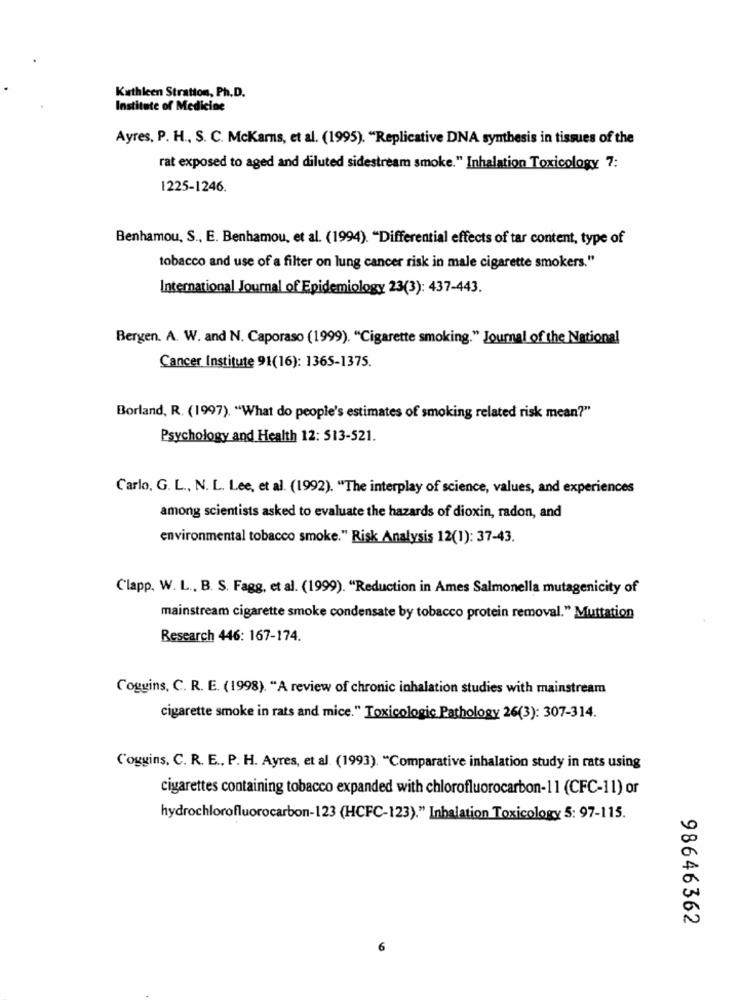
Kathleen Stratton, Ph.D.
Institute of Medicine
Ayres, P. H ., S. C. McKarns, et al. (1995). "Replicative DNA synthesis in tissues of the
rat exposed to aged and diluted sidestream smoke." Inhalation Toxicology 7:
1225-1246.
Benhamou, S ., E. Benhamou, et al. (1994). "Differential effects of tar content, type of
tobacco and use of a filter on lung cancer risk in male cigarette smokers."
International Journal of Epidemiology 23(3): 437-443.
Bergen. A. W. and N. Caporaso (1999). "Cigarette smoking." Journal of the National
Cancer Institute 91(16): 1365-1375.
Borland, R. (1997). "What do people's estimates of smoking related risk mean?"
Psychology and Health 12: 513-521.
Carlo, G. L ., N. L. Lee, et al. (1992). "The interplay of science, values, and experiences
among scientists asked to evaluate the hazards of dioxin, radon, and
environmental tobacco smoke." Risk Analysis 12(1): 37-43.
Clapp. W. L ., B. S. Fagg, et al. (1999). "Reduction in Ames Salmonella mutagenicity of
mainstream cigarette smoke condensate by tobacco protein removal." Muttation
Research 446: 167-174.
Coggins, C. R. E. (1998). "A review of chronic inhalation studies with mainstream
cigarette smoke in rats and mice." Toxicologic Pathology 26(3): 307-314.
Coggins. C. R. E ., P. H. Ayres, et al. (1993). "Comparative inhalation study in rats using
cigarettes containing tobacco expanded with chlorofluorocarbon-11 (CFC-11) or
hydrochlorofluorocarbon-123 (HCFC-123)." Inhalation Toxicology 5: 97-115.
98646362